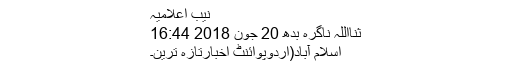
نیب اعلامیہ
ثنااللہ ناگرہ بدھ 20 جون 2018 16:44
اسلام آباد(اُردوپوائنٹ اخبارتازہ ترین۔